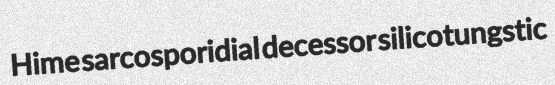
Hime sarcosporidial decessor silicotungstic